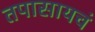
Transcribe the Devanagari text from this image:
तपासायचं